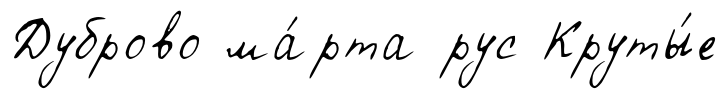
Дуброво ма́рта рус Круты́е